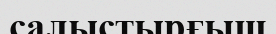
салыстырғыш